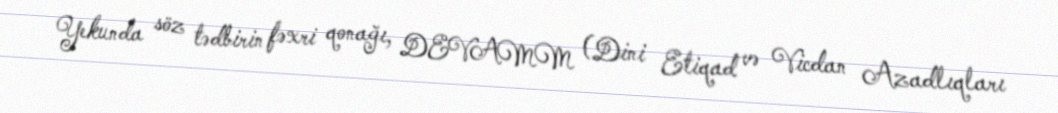
Yekunda söz tədbirin fəxri qonağı, DEVAMM (Dini Etiqad və Vicdan Azadlıqları